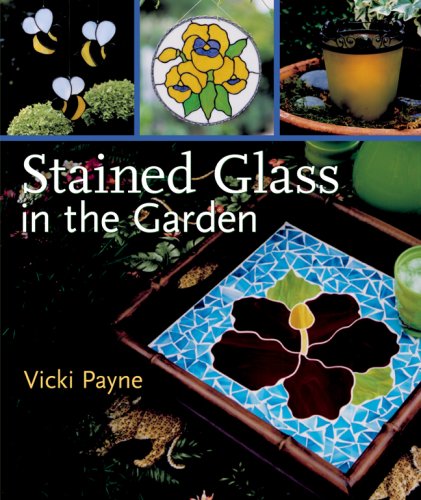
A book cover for Stained Glass in the Garden; Vicki Payne; Crafts, Hobbies & Home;